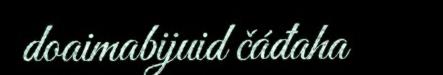
doaimabijuid čáđaha